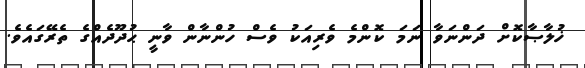
ޚުލާޞާކޮށް ދަންނަވާ ނަމަ ކޮންމެ ވެރިއަކު ވެސް ހުންނާން ވާނީ ޙުދޫދެއްގެ ތެރޭގައެވެ.